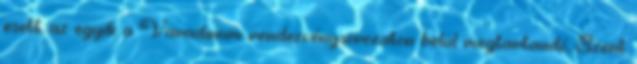
esett, az egyik a Varadinum rendezvénysorozaton belül megtartandó, Szent